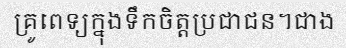
គ្រូពេទ្យក្នុងទឹកចិត្តប្រជាជន។ជាង